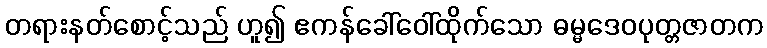
တရားနတ်စောင့်သည် ဟူ၍ ဧကန်ခေါ်ဝေါ်ထိုက်သော ဓမ္မဒေဝပုတ္တဇာတက